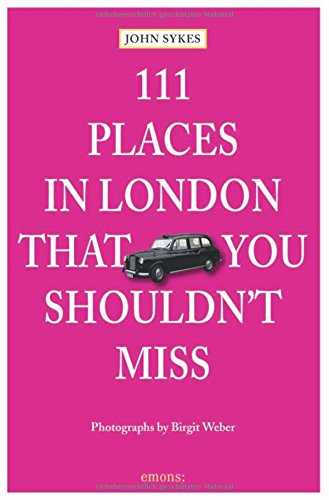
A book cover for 111 Places in London That You Shouldn't Miss; John Sykes; Travel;